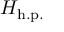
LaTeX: H _ { \mathrm { h . p . } }